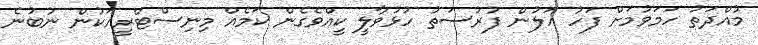
މުއްދަތު ހަމަވުމަށް ފަހު އަލުން ފުރުސަތު ހުޅުވާލީ ކީއްވެގެން ކަމެއް މިނިސްޓްރީއަކުން ނުބުނެ